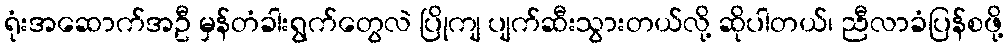
ရုံးအဆောက်အဦ မှန်တံခါးရွက်တွေလဲ ပြိုကျ ပျက်ဆီးသွားတယ်လို့ ဆိုပါတယ်၊ ညီလာခံပြန်စဖို့